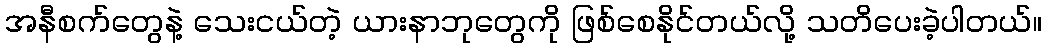
အနီစက်တွေနဲ့ သေးငယ်တဲ့ ယားနာဘုတွေကို ဖြစ်စေနိုင်တယ်လို့ သတိပေးခဲ့ပါတယ်။